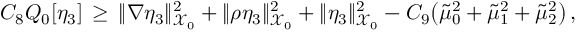
C _ { 8 } Q _ { 0 } [ \eta _ { 3 } ] \, \ge \, \| \nabla \eta _ { 3 } \| _ { \mathcal { X } _ { 0 } } ^ { 2 } + \| \rho \eta _ { 3 } \| _ { \mathcal { X } _ { 0 } } ^ { 2 } + \| \eta _ { 3 } \| _ { \mathcal { X } _ { 0 } } ^ { 2 } - C _ { 9 } \bigl ( \tilde { \mu } _ { 0 } ^ { 2 } + \tilde { \mu } _ { 1 } ^ { 2 } + \tilde { \mu } _ { 2 } ^ { 2 } \bigr ) \, ,